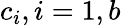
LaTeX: c_{i},i=1,b